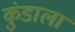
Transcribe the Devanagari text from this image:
कुंडाला